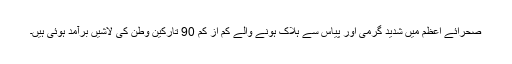
صحرائے اعظم میں شدید گرمی اور پیاس سے ہلاک ہونے والے کم از کم 90 تارکین وطن کی لاشیں برآمد ہوئی ہیں۔